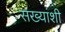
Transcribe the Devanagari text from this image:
सख्यांशी